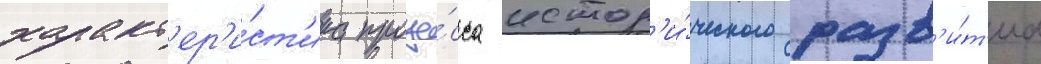
характ'ер'и́ст'ика проце́сса истор'и́ческого разв'и́т'иа